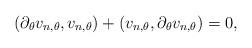
LaTeX: \begin{align*}(\partial_\theta v_{n,\theta}, v_{n,\theta})+(v_{n,\theta},\partial_\theta v_{n,\theta})=0,\end{align*}